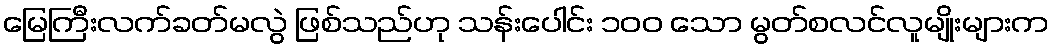
မြေကြီးလက်ခတ်မလွဲ ဖြစ်သည်ဟု သန်းပေါင်း ၁၀၀ သော မွတ်စလင်လူမျိုးများက